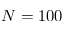
N = 1 0 0